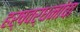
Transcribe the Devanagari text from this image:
हर्षवर्धनांचा